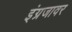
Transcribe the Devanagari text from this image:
इंग्रजावर